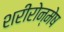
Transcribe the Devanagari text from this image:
शरीरोन्मेष